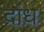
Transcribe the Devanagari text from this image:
दांध